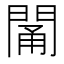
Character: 𨴭